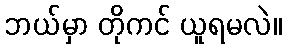
ဘယ်မှာ တိုကင် ယူရမလဲ။